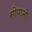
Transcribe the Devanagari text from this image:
सोपानो